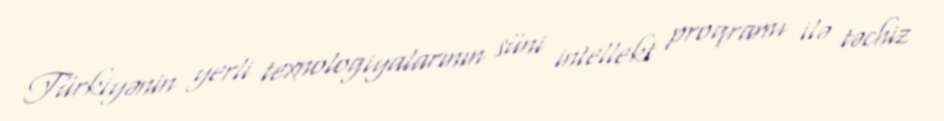
Türkiyənin yerli texnologiyalarının süni intellekt proqramı ilə təchiz